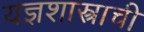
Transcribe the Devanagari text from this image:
यज्ञशास्त्राची